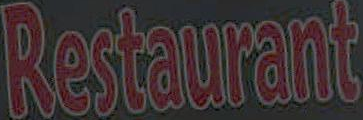
Restaurant